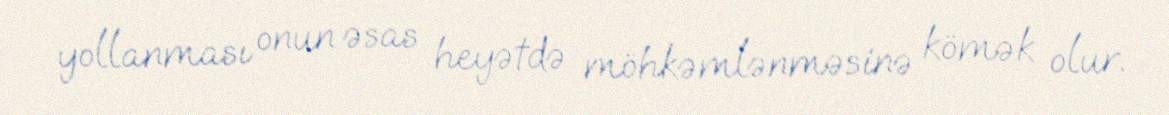
yollanması onun əsas heyətdə möhkəmlənməsinə kömək olur.